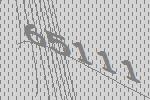
65111